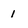
Character: l